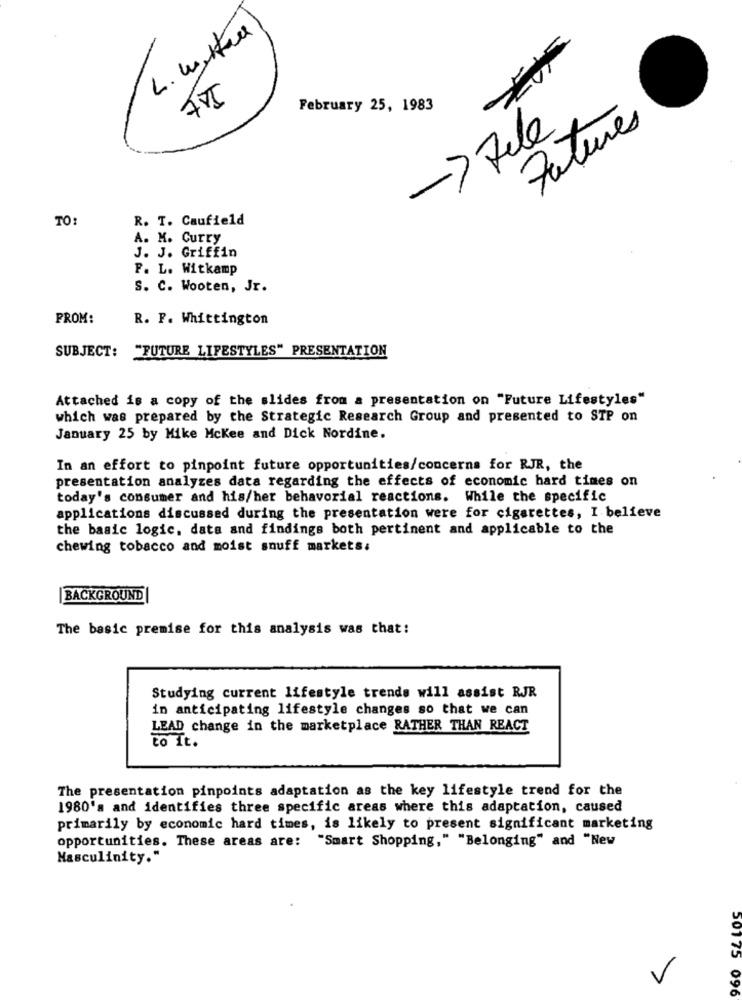
L. Wystar
February 25, 1983
-> Fele
Futures
TO:
R. T. Caufield
A. M. Curry
J. J. Griffin
F. L. Witkamp
S. C. Wooten, Jr.
PROM:
R. F. Whittington
SUBJECT: "FUTURE LIFESTYLES" PRESENTATION
Attached is a copy of the slides from a presentation on "Future Lifestyles"
which was prepared by the Strategic Research Group and presented to STP on
January 25 by Mike Mckee and Dick Nordine.
In an effort to pinpoint future opportunities/concerns for RJR, the
presentation analyzes data regarding the effects of economic hard times on
today's consumer and his/her behavorial reactions. While the specific
applications discussed during the presentation were for cigarettes, I believe
the basic logic, data and findings both pertinent and applicable to the
chewing tobacco and moist snuff markets.
BACKGROUND
The basic premise for this analysis was that:
Studying current lifestyle trends will assist RJR
in anticipating lifestyle changes so that we can
LEAD change in the marketplace RATHER THAN REACT
to It.
The presentation pinpoints adaptation as the key lifestyle trend for the
1980's and identifies three specific areas where this adaptation, caused
primarily by economic hard times, is likely to present significant marketing
opportunities. These areas are: "Smart Shopping," "Belonging" and "New
Masculinity."
V
50175 096